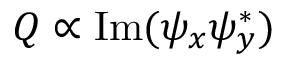
Q \propto \mathrm { I m } ( \psi _ { x } \psi _ { y } ^ { * } )